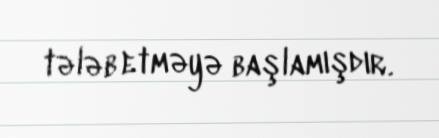
tələb etməyə başlamışdır.